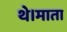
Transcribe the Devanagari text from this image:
थे।माता